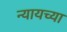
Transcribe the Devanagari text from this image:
न्यायच्या